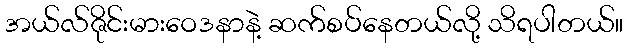
အယ်လ်ဇိုင်းမားဝေဒနာနဲ့ ဆက်စပ်နေတယ်လို့ သိရပါတယ်။